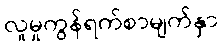
လူမှုကွန်ရက်စာမျက်နှာ